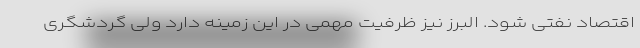
اقتصاد نفتی شود. البرز نیز ظرفیت مهمی در این زمینه دارد ولی گردشگری